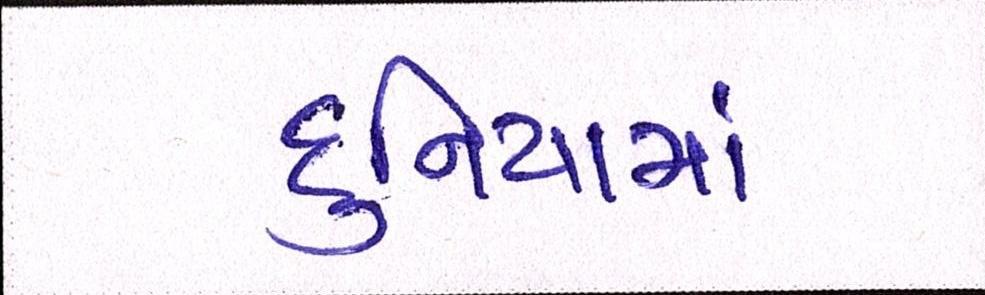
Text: દુનિયામાં